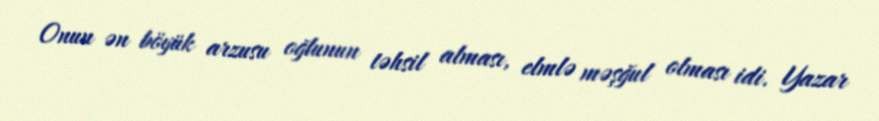
Onun ən böyük arzusu oğlunun təhsil alması, elmlə məşğul olması idi. Yazar